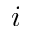
i